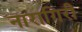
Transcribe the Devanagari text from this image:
नारागिरी